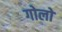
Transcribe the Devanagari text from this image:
गोलो